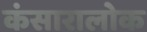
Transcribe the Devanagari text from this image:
कंसारालोक